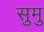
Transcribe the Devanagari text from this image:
सुमु